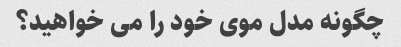
چگونه مدل موی خود را می خواهید؟